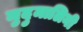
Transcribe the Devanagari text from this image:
मुदुमालिनी